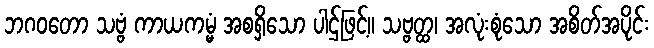
ဘဂဝတော သဗ္ဗံ ကာယကမ္မံ အစရှိသော ပါဌ်ဖြင့်။ သဗ္ဗတ္ထ၊ အလုံးစုံသော အစိတ်အပိုင်း